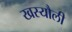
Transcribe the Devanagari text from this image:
खस्यौली